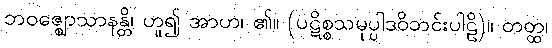
ဘဝဇ္ဈောသာနန္တိ၊ ဟူ၍ အာဟ၊ ၏။ (ပဋိစ္စသမုပ္ပါဒဝိဘင်းပါဠိ)။ တတ္ထ၊